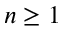
n \geq 1